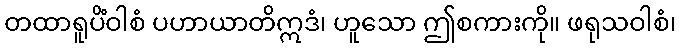
တထာရူပိံဝါစံ ပဟာယာတိဣဒံ၊ ဟူသော ဤစကားကို။ ဖရုသဝါစံ၊